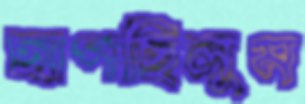
ছাপছিলুম